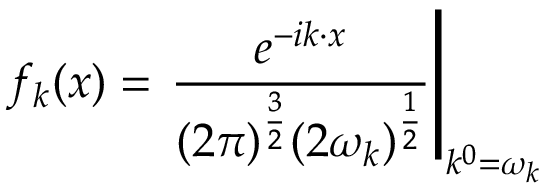
f _ { k } ( x ) = \left. { \frac { e ^ { - i k \cdot x } } { ( 2 \pi ) ^ { \frac { 3 } { 2 } } ( 2 \omega _ { k } ) ^ { \frac { 1 } { 2 } } } } \right| _ { k ^ { 0 } = \omega _ { k } }